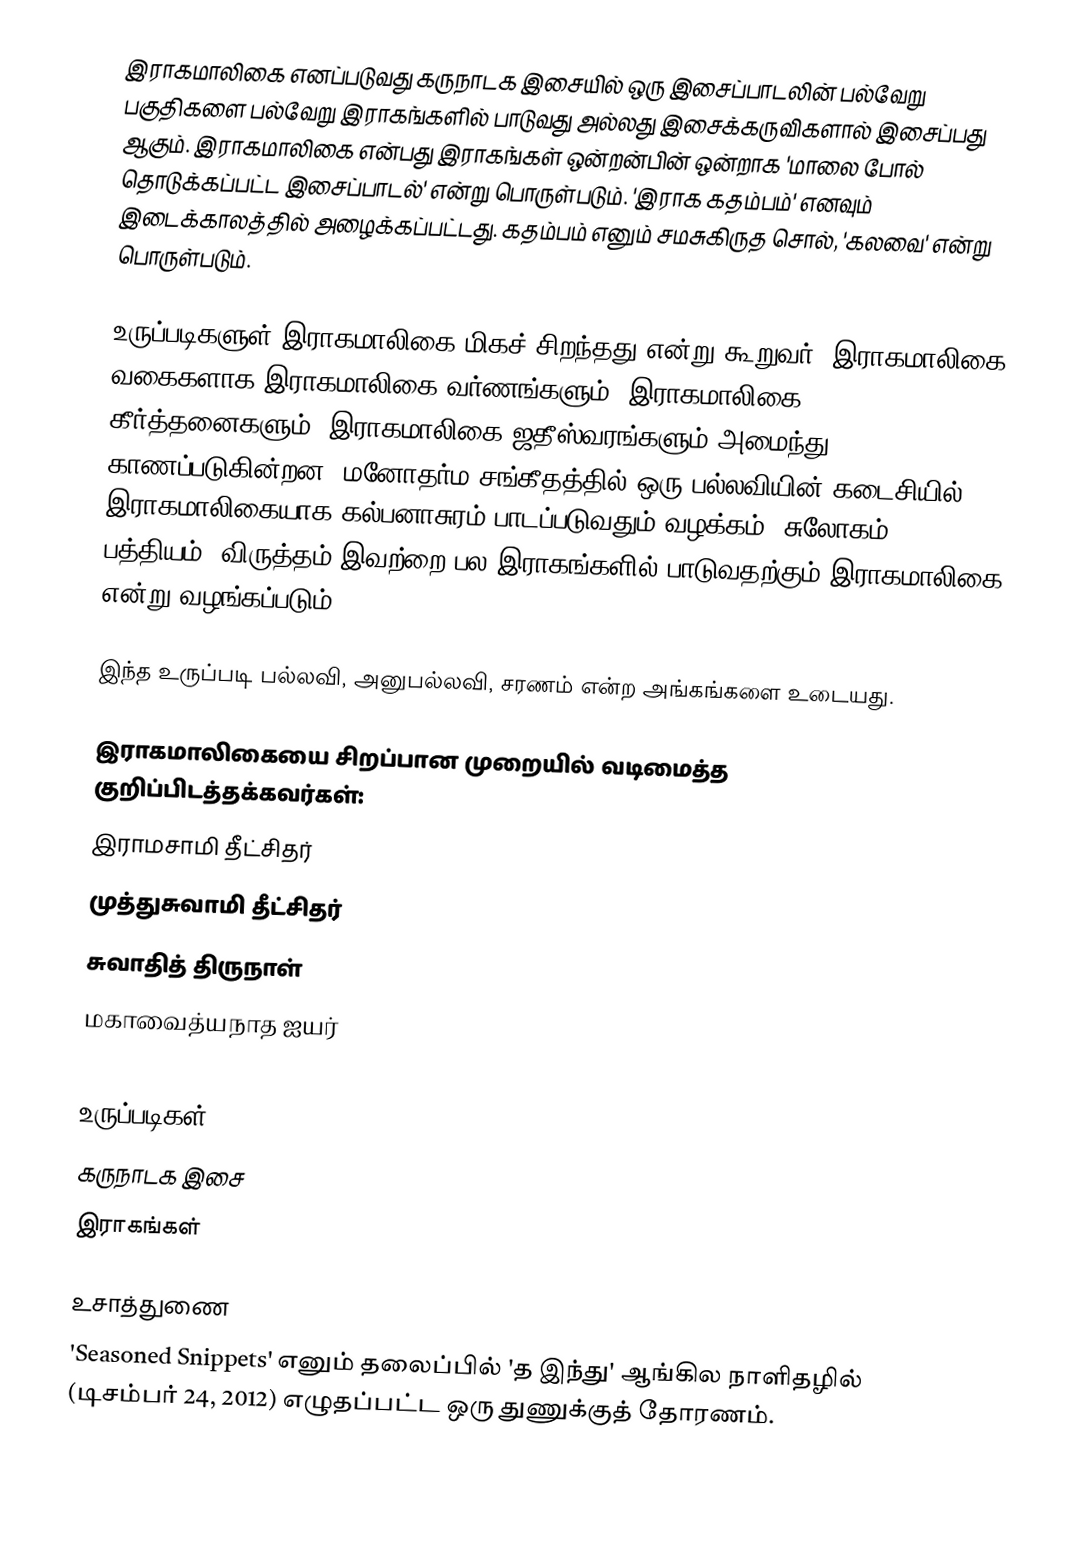
இராகமாலிகை எனப்படுவது கருநாடக இசையில் ஒரு இசைப்பாடலின்  பல்வேறு பகுதிகளை பல்வேறு இராகங்களில் பாடுவது அல்லது இசைக்கருவிகளால் இசைப்பது ஆகும். இராகமாலிகை என்பது இராகங்கள் ஒன்றன்பின் ஒன்றாக 'மாலை போல் தொடுக்கப்பட்ட இசைப்பாடல்' என்று பொருள்படும். 'இராக கதம்பம்' எனவும் இடைக்காலத்தில் அழைக்கப்பட்டது. கதம்பம் எனும் சமசுகிருத சொல், 'கலவை' என்று பொருள்படும்.

உருப்படிகளுள் இராகமாலிகை மிகச் சிறந்தது என்று கூறுவர். இராகமாலிகை வகைகளாக இராகமாலிகை வர்ணங்களும், இராகமாலிகை கீர்த்தனைகளும், இராகமாலிகை ஜதீஸ்வரங்களும் அமைந்து காணப்படுகின்றன. மனோதர்ம சங்கீதத்தில் ஒரு பல்லவியின் கடைசியில் இராகமாலிகையாக கல்பனாசுரம் பாடப்படுவதும்  வழக்கம். சுலோகம், பத்தியம், விருத்தம் இவற்றை பல இராகங்களில் பாடுவதற்கும் இராகமாலிகை என்று வழங்கப்படும்.

இந்த உருப்படி பல்லவி, அனுபல்லவி, சரணம் என்ற அங்கங்களை உடையது.

இராகமாலிகையை சிறப்பான முறையில் வடிமைத்த குறிப்பிடத்தக்கவர்கள்:
இராமசாமி தீட்சிதர்
முத்துசுவாமி தீட்சிதர்
சுவாதித் திருநாள்
மகாவைத்யநாத ஐயர்

உருப்படிகள்
கருநாடக இசை
இராகங்கள்

உசாத்துணை
'Seasoned Snippets' எனும் தலைப்பில் 'த இந்து' ஆங்கில நாளிதழில் (டிசம்பர் 24, 2012) எழுதப்பட்ட ஒரு துணுக்குத் தோரணம்.